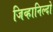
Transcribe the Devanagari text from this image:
जिव्हानिल्दो